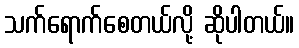
သက်ရောက်စေတယ်လို့ ဆိုပါတယ်။